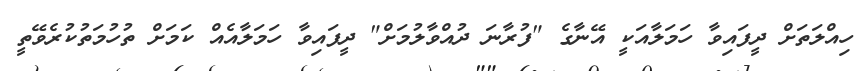
ހިއްލަތަށް ދީފައިވާ ހަމަލާއަކީ އޭނާގެ "ފުރާނަ ދުއްވާލުމަށް" ދީފައިވާ ހަމަލާއެއް ކަމަށް ތުހުމަތުކުރެވޭތީ